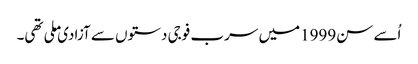
اُسے سن1999میں سرب فوجی دستوں سے آزادی ملی تھی۔